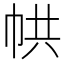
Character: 𢂔